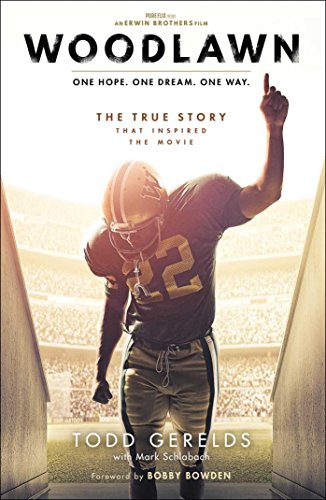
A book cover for Woodlawn: One Hope. One Dream. One Way.; Todd Gerelds; Biographies & Memoirs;